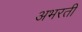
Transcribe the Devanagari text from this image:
अभरती